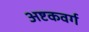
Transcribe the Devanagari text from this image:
अष्टकवर्ग